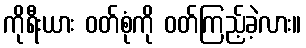
ကိုရီးယား ဝတ်စုံကို ဝတ်ကြည့်ခဲ့လား။